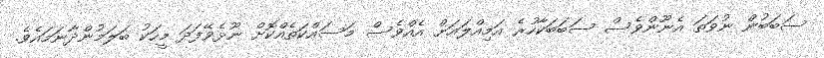
ސަބަބުން ނުވަތަ އެނޫންވެސް ސަބަބަކާހުރެ އަމިއްލައަށް އެއްވެސް މަސައްކަތެއްކޮށް ނޫޅެވޭފަދަ މީހަކު ބަލަމުންދާނަމައެވެ.